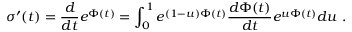
\sigma ^ { \prime } ( t ) = { \frac { d } { d t } } e ^ { \Phi ( t ) } = \int _ { 0 } ^ { 1 } e ^ { ( 1 - u ) \Phi ( t ) } { \frac { d \Phi ( t ) } { d t } } e ^ { u \Phi ( t ) } d u \ .